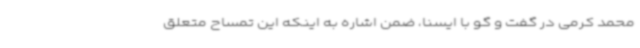
محمد کرمی در گفت و گو با ایسنا، ضمن اشاره به اینکه این تمساح متعلق